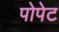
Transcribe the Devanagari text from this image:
पोपेट